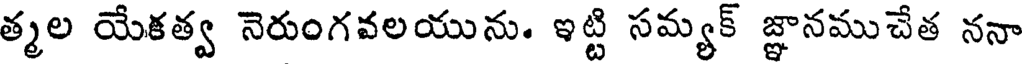
త్మల యేకత్వ నెరుంగవలయును. ఇట్టి సమ్యక్ జ్ఞానముచేత ననా